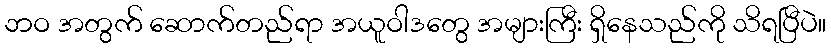
ဘဝ အတွက် ဆောက်တည်ရာ အယူဝါဒတွေ အများကြီး ရှိနေသည်ကို သိရပြီပဲ။